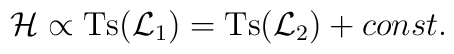
{\cal H} \propto\mbox{Ts}({\cal L}_1)= \mbox{Ts}({\cal   L}_2) +const.